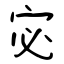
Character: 宓